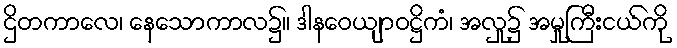
ဌိတကာလေ၊ နေသောကာလ၌။ ဒါနဝေယျာဝဋ္ဌိကံ၊ အလှု၌ အမှုကြီးငယ်ကို